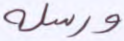
ورسله